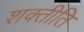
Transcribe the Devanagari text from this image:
शक्तीति